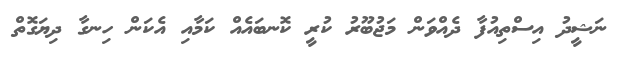
ނަޝީދު އިސްތިއުފާ ދެއްވަން މަޖުބޫރު ކުރީ ކޮނބައެއް ކަމާއި އެކަން ހިނގާ ދިޔަގޮތް